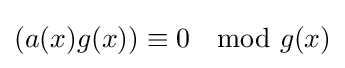
(a(x)g(x))\equiv 0\mod g(x)